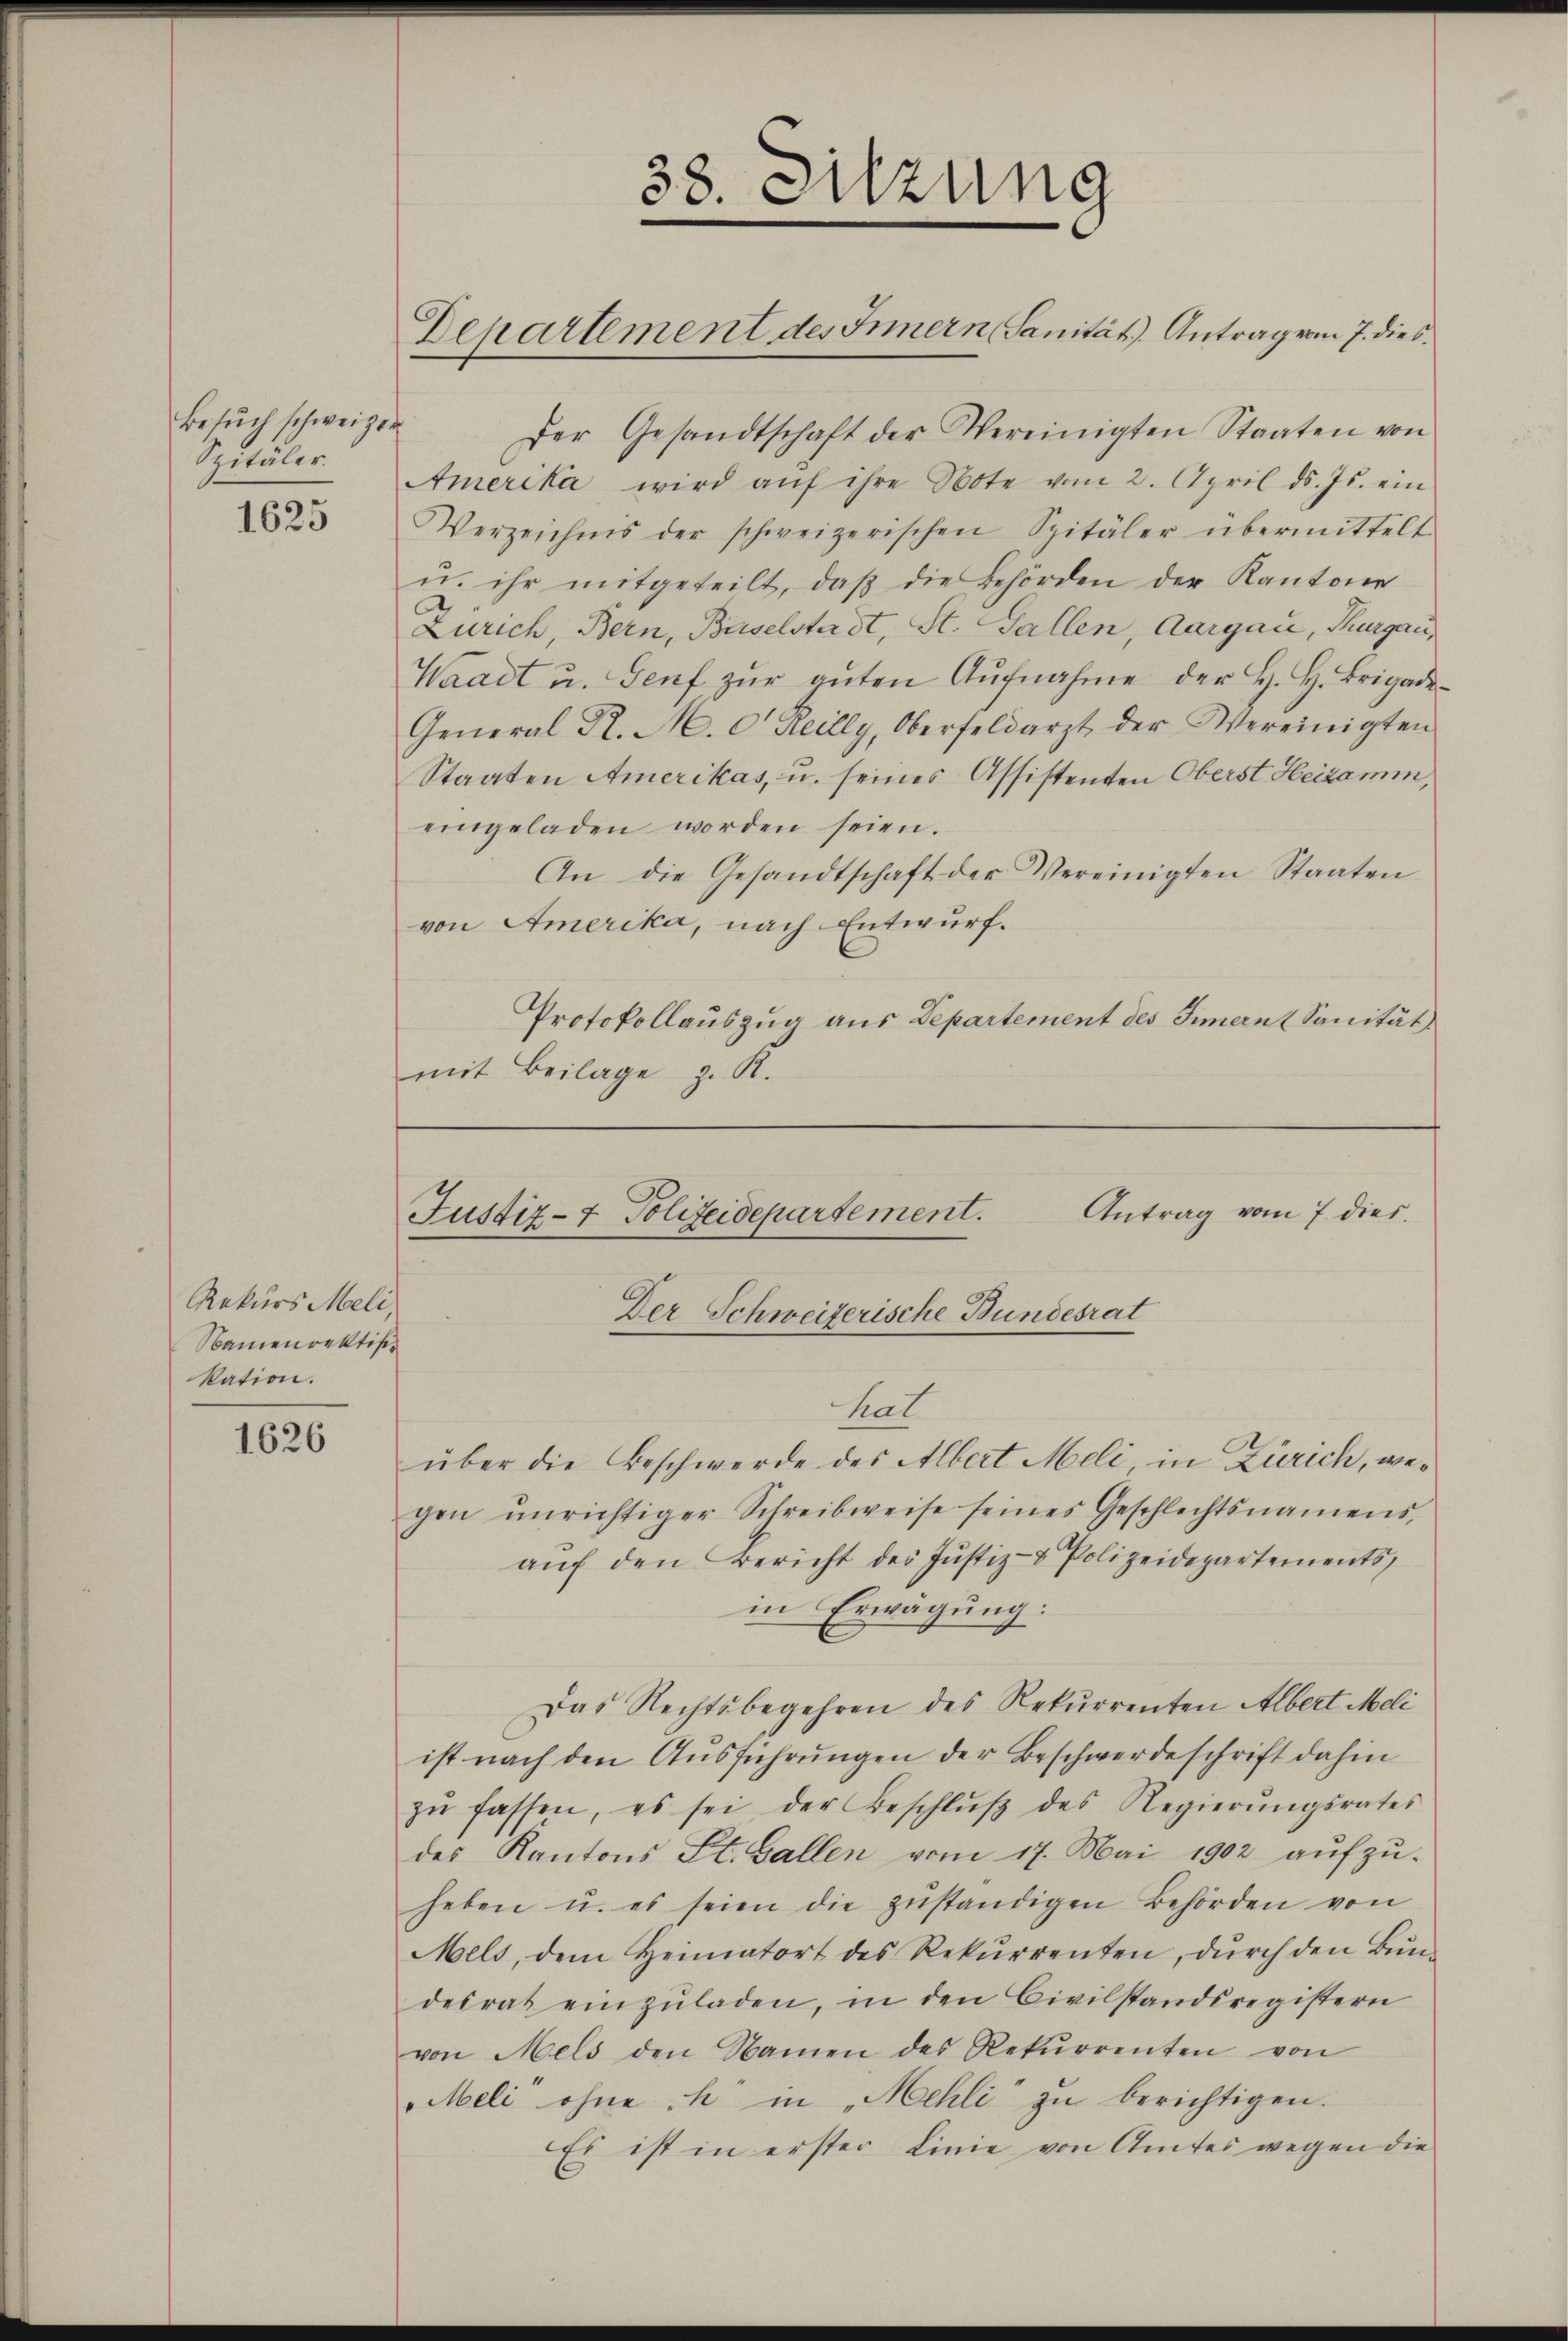
Besŭch schweizer
Spitäler.

1625

Rekurs Meli,
Namenrektis
kation.

1626

38. Sitzung
Departement des Innern, Sanität) Antrag vom 7. dies

Der Gesandtschaft der Vereinigten Staaten von
Amerika wird aŭf ihre Note vom 2. April d. Js. ein
Verzeichnis der schweizerischen Spitäler übermittelt
u. ihr mitgeteilt, daβ die Behörden der Kantone
Zürich, Bern, Baselstadt, St. Gallen, Aargau, Thurgau,
Waadt u. Genf zŭr gŭten Aŭfnahme der H. H. Brigade-
General R. M. eilly, Oberfeldarzt der Vereinigten
Staaten Amerikas, u. seines Assistenten Oberst Heizamm,
eingeladen worden seien.
An die Gesandtschaft der Vereinigten Staaten
von Amerika, nach Entwurf.
Protokollauszug aus Departement des Innern (Sanität
mit Beilage z. K.

Antrag vom 7. dies.
Justiz- & Polizeidepartement.
Der Schweizerische Bundesrat

hat
über die Beschwerde des Albert Meli in Zürich, wegen unrichtiger Schreibweise seines Geschlechtsnamens,
aŭf den Bericht des Jŭstiz- & Polizeidepartements,
in Erwägung:
Das Rechtsbegehren des Rekurrenten Albert Meli
ist nach den Ausführungen der Beschwerdeschrift dahin
zŭ fassen, es sei der Beschlŭβ des Regierŭngsrates
des Kantons St. Gallen vom 17. Mai 1902 aŭfzŭ-
heben u. es seien die zŭständigen Behörden von
Mels, dem Heimatort des Rekŭrrenten, dŭrch den Bŭn-
desrat einzŭladen, in den Civilstandsregistern
von Mels den Namen des Rekurrenten von
Meli ohne ch in „Mehli zu berichtigen.
Es ist in erster Linie von Amtes wegen die